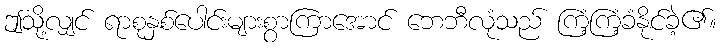
ဤသို့လျှင် ရာစုနှစ်ပေါင်းများစွာကြာအောင် ဘေဘီလုံသည် ကြံ့ကြံ့ခံနိုင်ခဲ့၏။